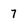
Character: 7